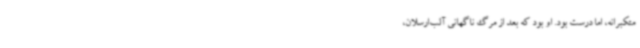
متکبرانه، اما درست بود. او بود که بعد از مرگ ناگهانی آلب‌ارسلان،